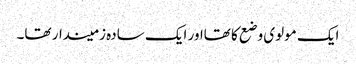
ایک مولوی وضع کا تھااور ایک سادہ زمیندار تھا۔